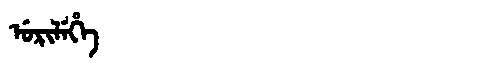
Manchu: ᡠᡵᡳᠯᡝᡥᡝ
Romanization: URILEHE